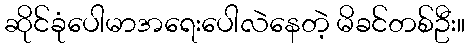
ဆိုင်ခုံပေါမာအရေးပေါလဲနေတဲ့ မိခင်တစ်ဦး။